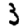
Digit: 3